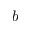
b